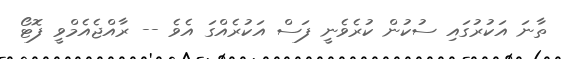
ތާނަ އަކުރުގައި ސުކުން ކުރެވެނީ ފަސް އަކުރެއްގަ އެވެ -- ރާއްޖެއެމްވީ ފޮޓޯ